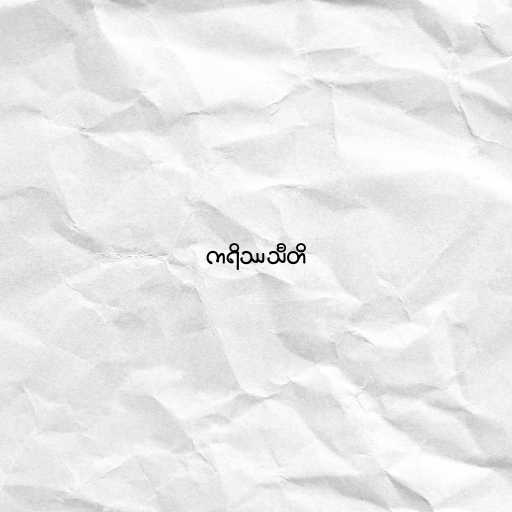
ကရိဿသီတိ